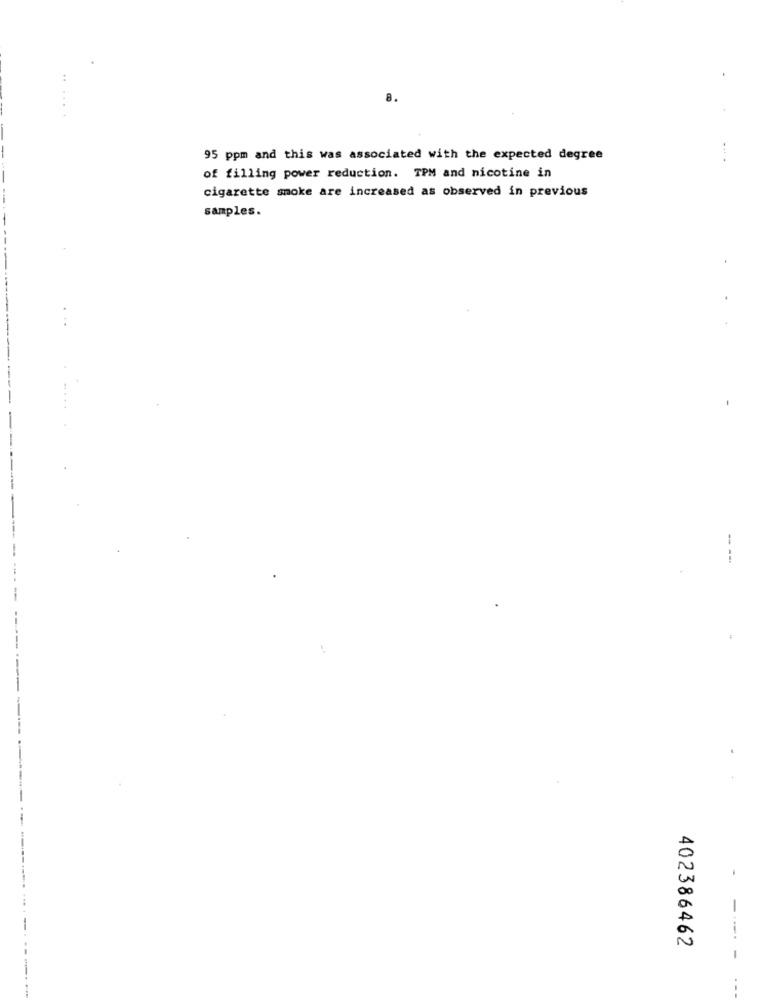
8.
95 ppm and this was associated with the expected degree
of filling power reduction. TPM and nicotine in
cigarette smoke are increased as observed in previous
samples.
---
-
402386462
---- -
---